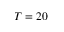
T = 2 0